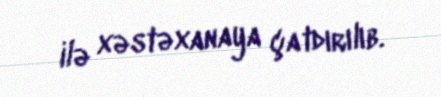
ilə xəstəxanaya çatdırılıb.